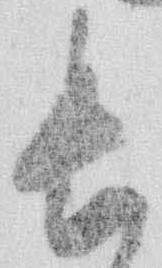
長